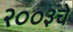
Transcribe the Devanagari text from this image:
२००३चे